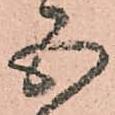
五